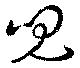
児